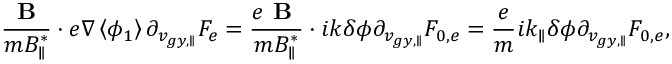
\frac { { \textbf { B } } } { m B _ { \parallel } ^ { * } } \boldsymbol { \cdot } e \nabla \left< \phi _ { 1 } \right> \partial _ { v _ { g y , \parallel } } F _ { e } = \frac { e { \textbf { B } } } { m B _ { \parallel } ^ { * } } \boldsymbol { \cdot } i { k } \delta \phi \partial _ { v _ { g y , \parallel } } F _ { 0 , e } = \frac { e } { m } i { k _ { \parallel } } \delta \phi \partial _ { v _ { g y , \parallel } } F _ { 0 , e } ,